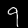
Label: 9